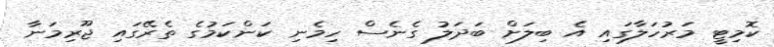
ކޮމިޓީ މަރުހަލާގައި އެ ބިލަށް ބަދަލު ގެނެސް ހިމެނި ކަންކަމުގެ ތެރޭގައި ޖޫރިމަނާ